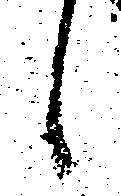
候